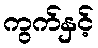
ကွက်နှင့်